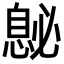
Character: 𪬤